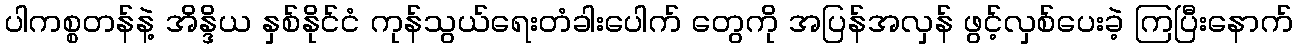
ပါကစ္စတန်နဲ့ အိန္ဒိယ နှစ်နိုင်ငံ ကုန်သွယ်ရေးတံခါးပေါက် တွေကို အပြန်အလှန် ဖွင့်လှစ်ပေးခဲ့ ကြပြီးနောက်